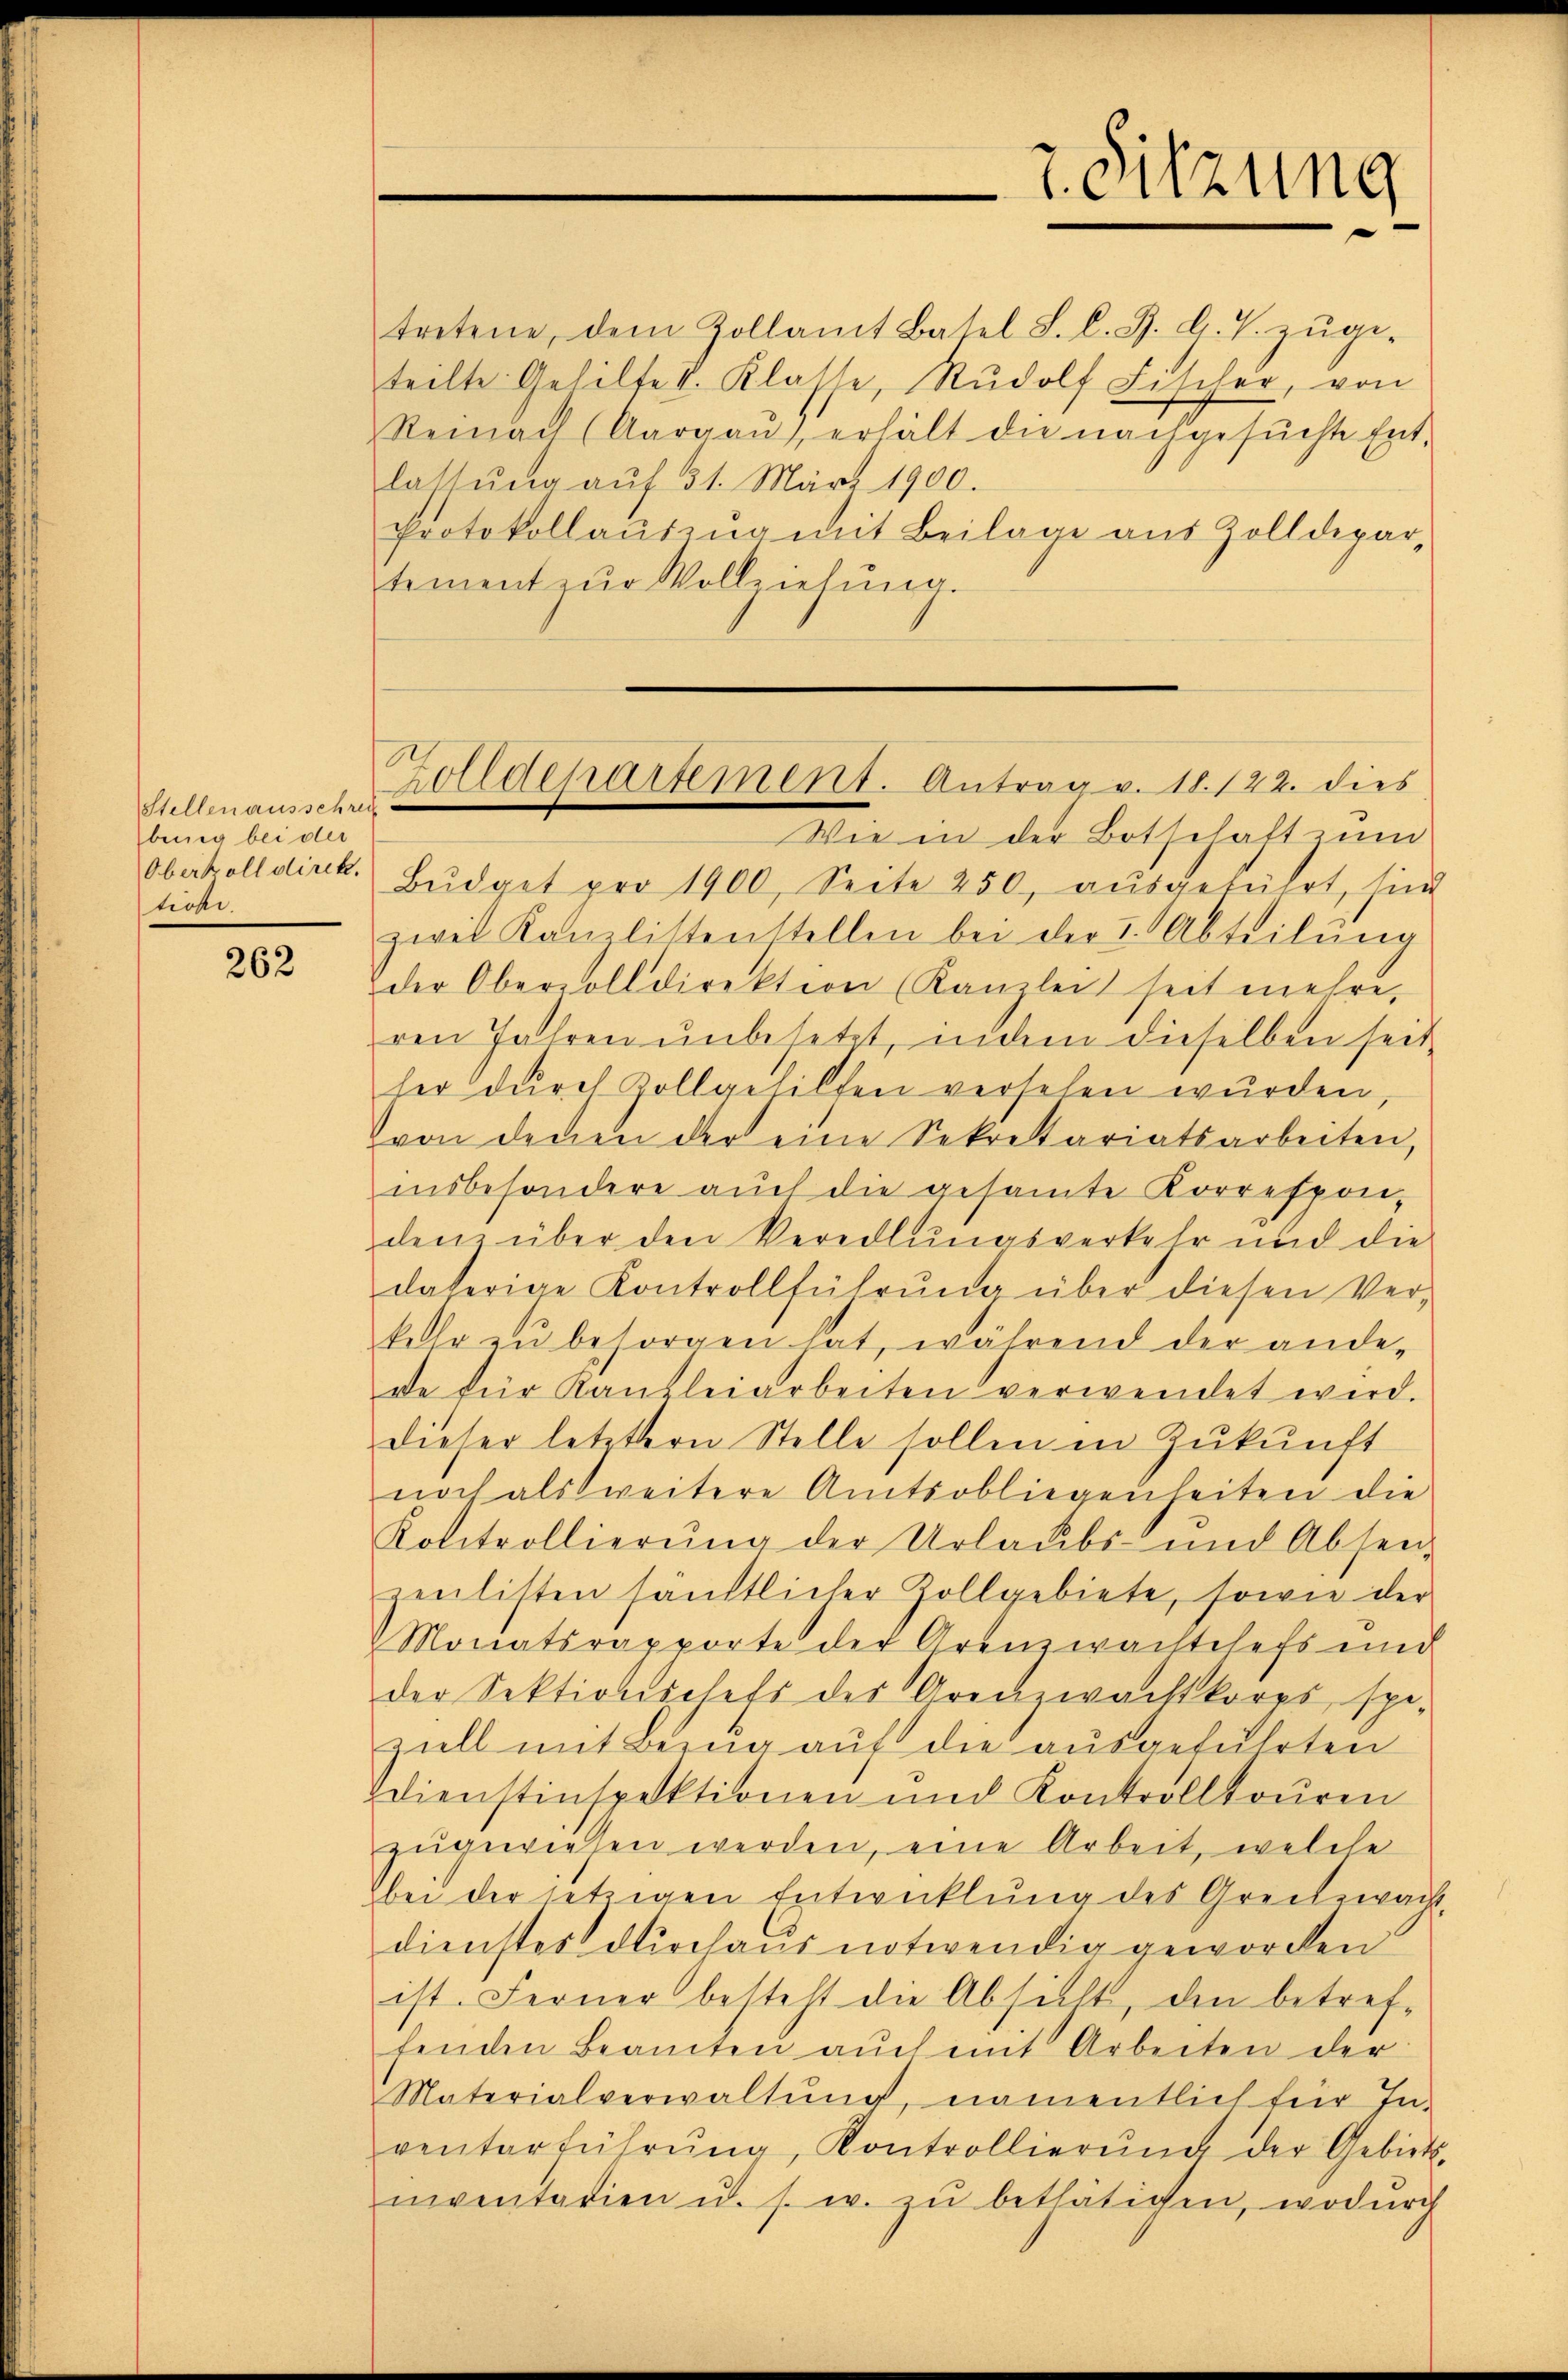
Stellen ausschrei
benig bei der
Oberkoll direk
tione.

262

lassŭng aŭf 31. März 1900.
Protokollauszug mit Beilage aus Zolldepartement zŭr Vollziehŭng.
Wie in der Botschaft zum
Bŭdget pro 1900, Seite 250, aŭsgeführt, sind
zwei Kanzlistenstellen bei der I. Abteilung
der Obervolldirektion (Kanzlei seit mehre,
ren Jahren ŭnbesetzt, indem dieselben seit
her durch Zollgehilfen versehen wurden,
von denen der eine Sekretariatsarbeiten,
insbesondere auch die gesamte Korrespon-
denz über den Veredlungsverkehr und die
daherige Kontrollführŭng über diesen Ver-
kehr zŭ besorgen hat, während der ande-
de für Kanzleiarbeiten verwendet wird.
dieser letztern Stelle sollen in Zukunft
noch als weitere Amtsobliegenheiten die
Kolitrollierŭng der Urlaubs- und Absen-
penlisten sanstlicher Zollgebiete, sowie der
Monatsrapporte der Grenzwachtchefs und
der Sektionschefs des Grenzwachkorrs spe-
ziell mit Bezug auf die ausgeführten
dienstinspektionen und Kontrolltouren
zŭgewiesen werden, eine Arbeit, welche
bei der jetzigen Entwicklung des Grenbewach
dienstes durchaus notwendig geworden.
ist. Ferner besteht die Absicht, den betreffenden Beamten aŭch mit Arbeiten der
Materialverwaltŭng, namentlich für In-
venterführŭng, Kontrollierŭng der Gebiets-
nventarien u. s. w. zŭ bethätigen, wodurch

Zolldepartement. Antrag v. 18. 122. dies

tretene, dem Zollamt Basel S. l. J. G. T. zŭge-
teilte Gehilfe I. Klasse, Rudolf Fischer, von
Reinach Aargaŭ) erhält die nachgesŭchte Ent-

7. Sitzung